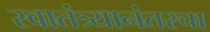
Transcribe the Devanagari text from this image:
स्वातंत्र्यानंतरचा